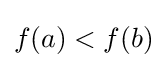
f(a)<f(b)